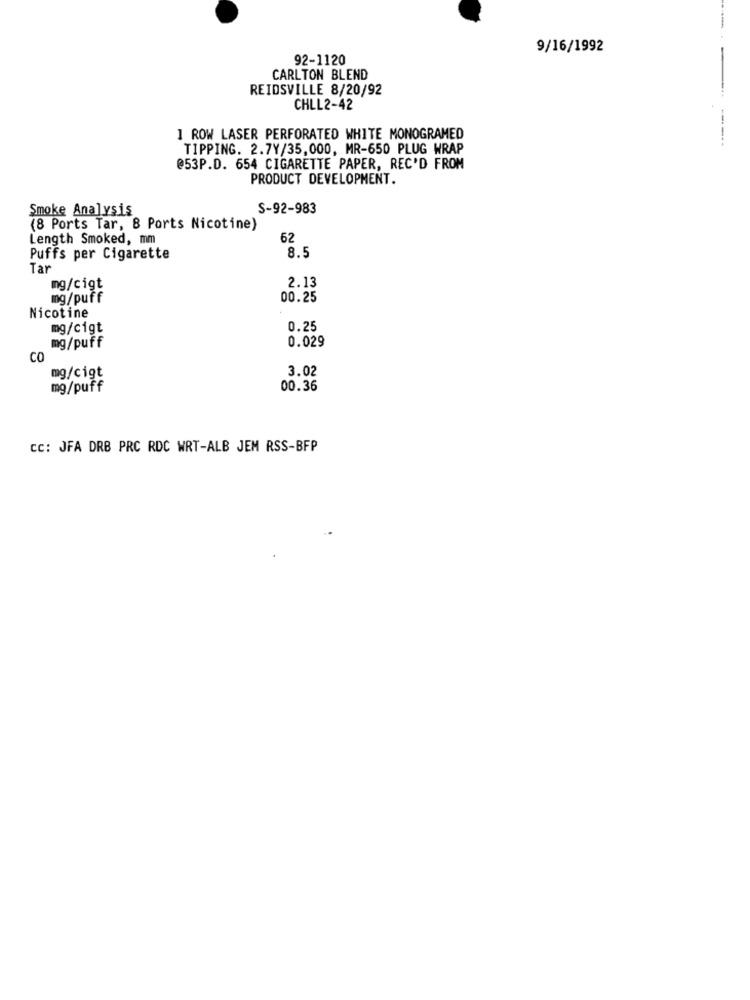
9/16/1992
92-1120
CARLTON BLEND
REIDSVILLE 8/20/92
-...
CHLL2-42
.
1 ROW LASER PERFORATED WHITE MONOGRAMED
------
TIPPING. 2.7Y/35,000, MR-650 PLUG WRAP
@53P.D. 654 CIGARETTE PAPER, REC'D FROM
PRODUCT DEVELOPMENT.
Smoke Analysis
S-92-983
(8 Ports Tar, 8 Ports Nicotine)
Length Smoked, mm
62
Puffs per Cigarette
8.5
Tar
mg/cigt
2.13
mg/puff
00.25
Nicotine
mg/cigt
0.25
0.029
mg/puff
CO
3.02
mg/cigt
mg/puff
00.36
CC: JFA DRB PRC RDC WRT-ALB JEM RSS-BFP